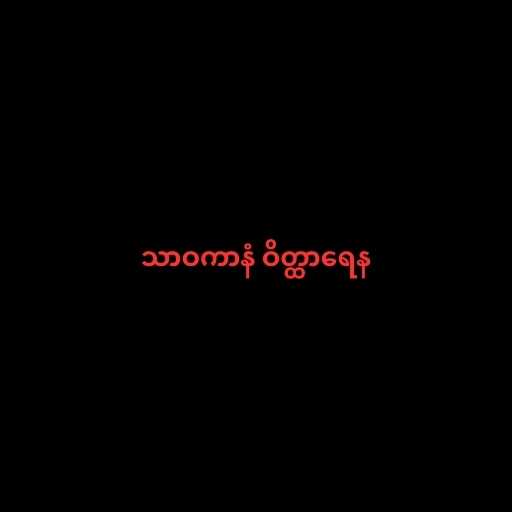
သာဝကာနံ ဝိတ္ထာရေန